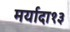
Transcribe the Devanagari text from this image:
मर्यादा१३